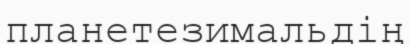
планетезимальдің